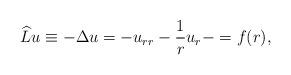
LaTeX: \begin{align*} \widehat{L}u \equiv -\Delta u=-u_{rr}-\frac{1}{r}u_r-=f(r), \end{align*}